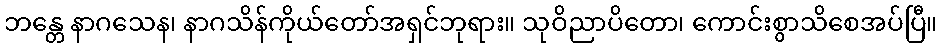
ဘန္တေ နာဂသေန၊ နာဂသိန်ကိုယ်တော်အရှင်ဘုရား။ သုဝိညာပိတော၊ ကောင်းစွာသိစေအပ်ပြီ။